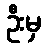
ဦးမှ